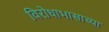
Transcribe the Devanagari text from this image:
विरोधाभासाच्या